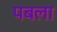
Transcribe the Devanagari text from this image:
पबला